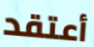
أعتقد